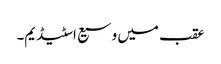
عقب میں وسیع اسٹیڈیم۔